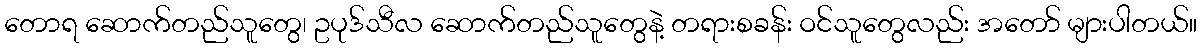
တောရ ဆောက်တည်သူတွေ၊ ဥပုဒ်သီလ ဆောက်တည်သူတွေနဲ့ တရားစခန်း ဝင်သူတွေလည်း အတော် များပါတယ်။